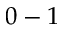
0 - 1